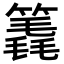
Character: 𥳈